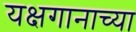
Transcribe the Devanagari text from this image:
यक्षगानाच्या